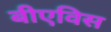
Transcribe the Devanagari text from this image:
बीएविस